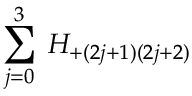
\sum _ { j = 0 } ^ { 3 } \: H _ { + ( 2 j + 1 ) ( 2 j + 2 ) } \: